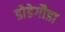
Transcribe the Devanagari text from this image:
डोडेगौडा